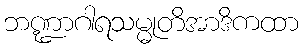
ဘဏ္ဍာဂါရသမ္မုတိအာဒိကထာ